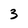
Character: 3